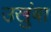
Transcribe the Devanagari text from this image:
उखुंबा